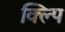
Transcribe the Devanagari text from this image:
क्ल्पि